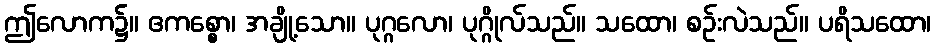
ဤလောက၌။ ဧကစ္စော၊ အချို့သော။ ပုဂ္ဂလော၊ ပုဂ္ဂိုလ်သည်။ သထော၊ စဉ်းလဲသည်။ ပရိသထော၊